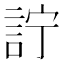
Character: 詝